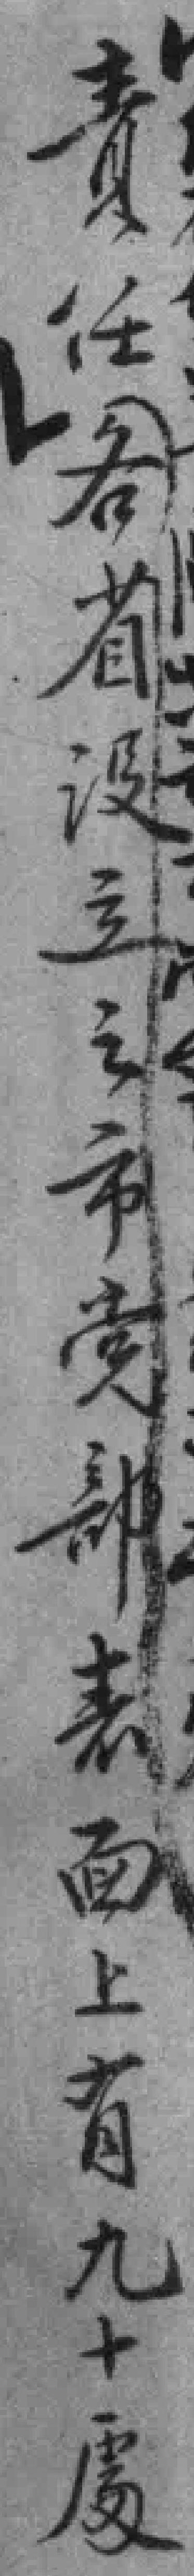
責任各省设立之市党部表面上有九十處